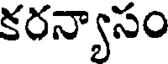
కరన్యాసం